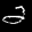
Label: 2